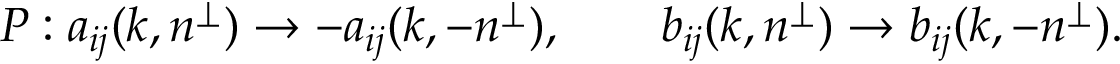
P : a _ { i j } ( k , n ^ { \perp } ) \rightarrow - a _ { i j } ( k , - n ^ { \perp } ) , \qquad b _ { i j } ( k , n ^ { \perp } ) \rightarrow b _ { i j } ( k , - n ^ { \perp } ) .